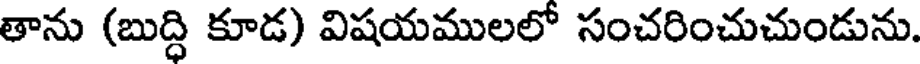
తాను (బుద్ధి కూడ) విషయములలో సంచరించుచుండును.